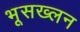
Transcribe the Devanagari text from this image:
भूसख्लन